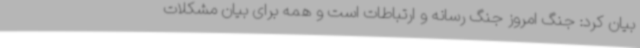
بیان کرد: جنگ امروز جنگ رسانه و ارتباطات است و همه برای بیان مشکلات